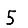
Digit: 5